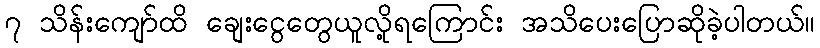
၇ သိန်းကျော်ထိ ချေးငွေတွေယူလို့ရကြောင်း အသိပေးပြောဆိုခဲ့ပါတယ်။